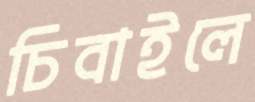
চিবাইলে